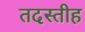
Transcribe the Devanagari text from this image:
तदस्तीह